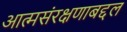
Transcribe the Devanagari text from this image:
आत्मसंरक्षणाबद्दल